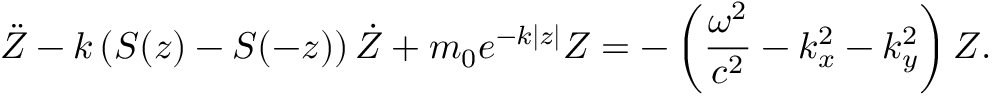
\ddot { Z } - k \left( S ( z ) - S ( - z ) \right) \dot { Z } + m _ { 0 } e ^ { - k | z | } Z = - \left( \frac { \omega ^ { 2 } } { c ^ { 2 } } - k _ { x } ^ { 2 } - k _ { y } ^ { 2 } \right) Z .